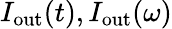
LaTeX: I_{\mathrm{out}}(t),I_{\mathrm{out}}(\omega)